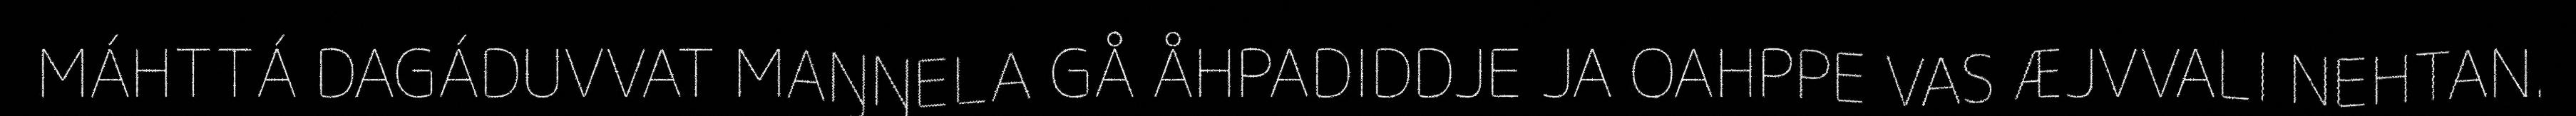
MÁHTTÁ DAGÁDUVVAT MAŊŊELA GÅ ÅHPADIDDJE JA OAHPPE VAS ÆJVVALI NEHTAN.